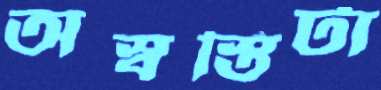
অস্বস্তিটা